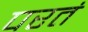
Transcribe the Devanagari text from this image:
परतं